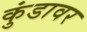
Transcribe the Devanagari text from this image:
कुंडावर